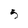
Character: 5